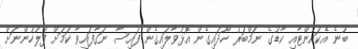
ބުނެ އެކައުންޓާއި ކާޑުގެ ނަމްބަރު ހޯދައިގެން އޮޅުވާލައިގެން ފައިސާ ނަގާފައިވާ ކަމަށް ފުލުހުންނަށް